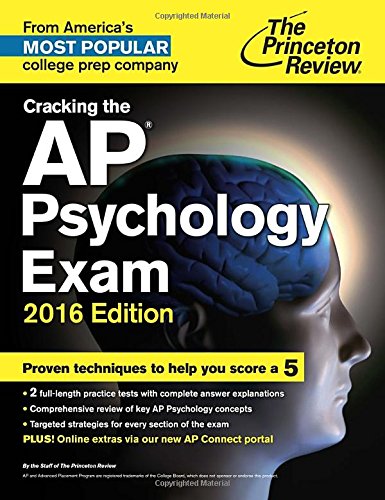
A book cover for Cracking the AP Psychology Exam, 2016 Edition (College Test Preparation); Princeton Review; Test Preparation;